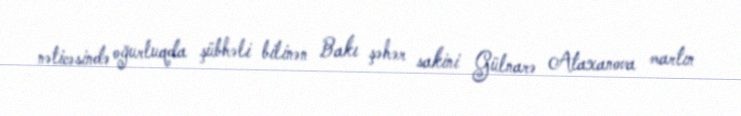
nəticəsində oğurluqda şübhəli bilinən Bakı şəhər sakini Gülnarə Ataxanova martın